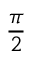
\frac { \pi } { 2 }